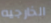
الخارجيه